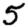
Digit: 5